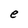
Character: e